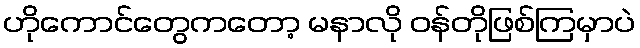
ဟိုကောင်တွေကတော့ မနာလို ဝန်တိုဖြစ်ကြမှာပဲ